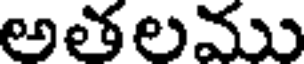
అతలము